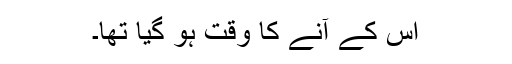
اُس کے آنے کا وقت ہو گیا تھا۔